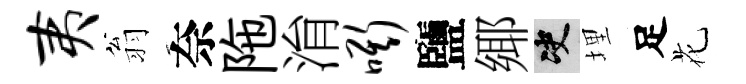
夷翁奈陁㳙嘶鹽鄊决埋足花